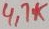
Text: 4.7K